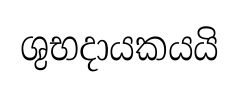
ශුභදායකයයි